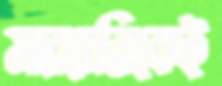
মারচেত্তিকেই